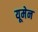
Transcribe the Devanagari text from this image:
यूमेन